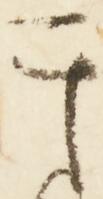
其